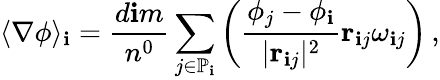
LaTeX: \langle\nabla\phi\rangle_{\mathbf{i}}=\frac{{d\mathbf{i}m}}{{n^{0}}}\sum_{j\in\mathbb{{P}}_{\mathbf{i}}}\left(\frac{{\phi_{j}-\phi_{\mathbf{i}}}}{{\vert\mathbf{{r}}_{\mathbf{i}j}\vert^{2}}}\mathbf{{r}}_{\mathbf{i}j}\omega_{\mathbf{i}j}\right)\, ,